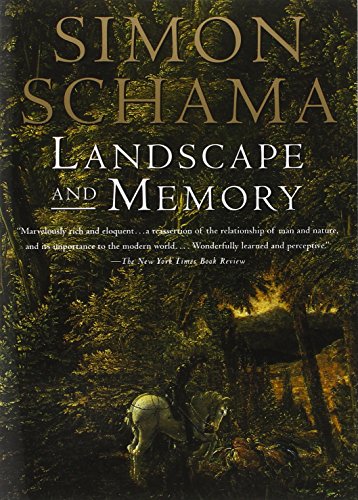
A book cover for Landscape And Memory; Simon Schama; History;